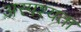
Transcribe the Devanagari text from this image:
अस्पश्यता